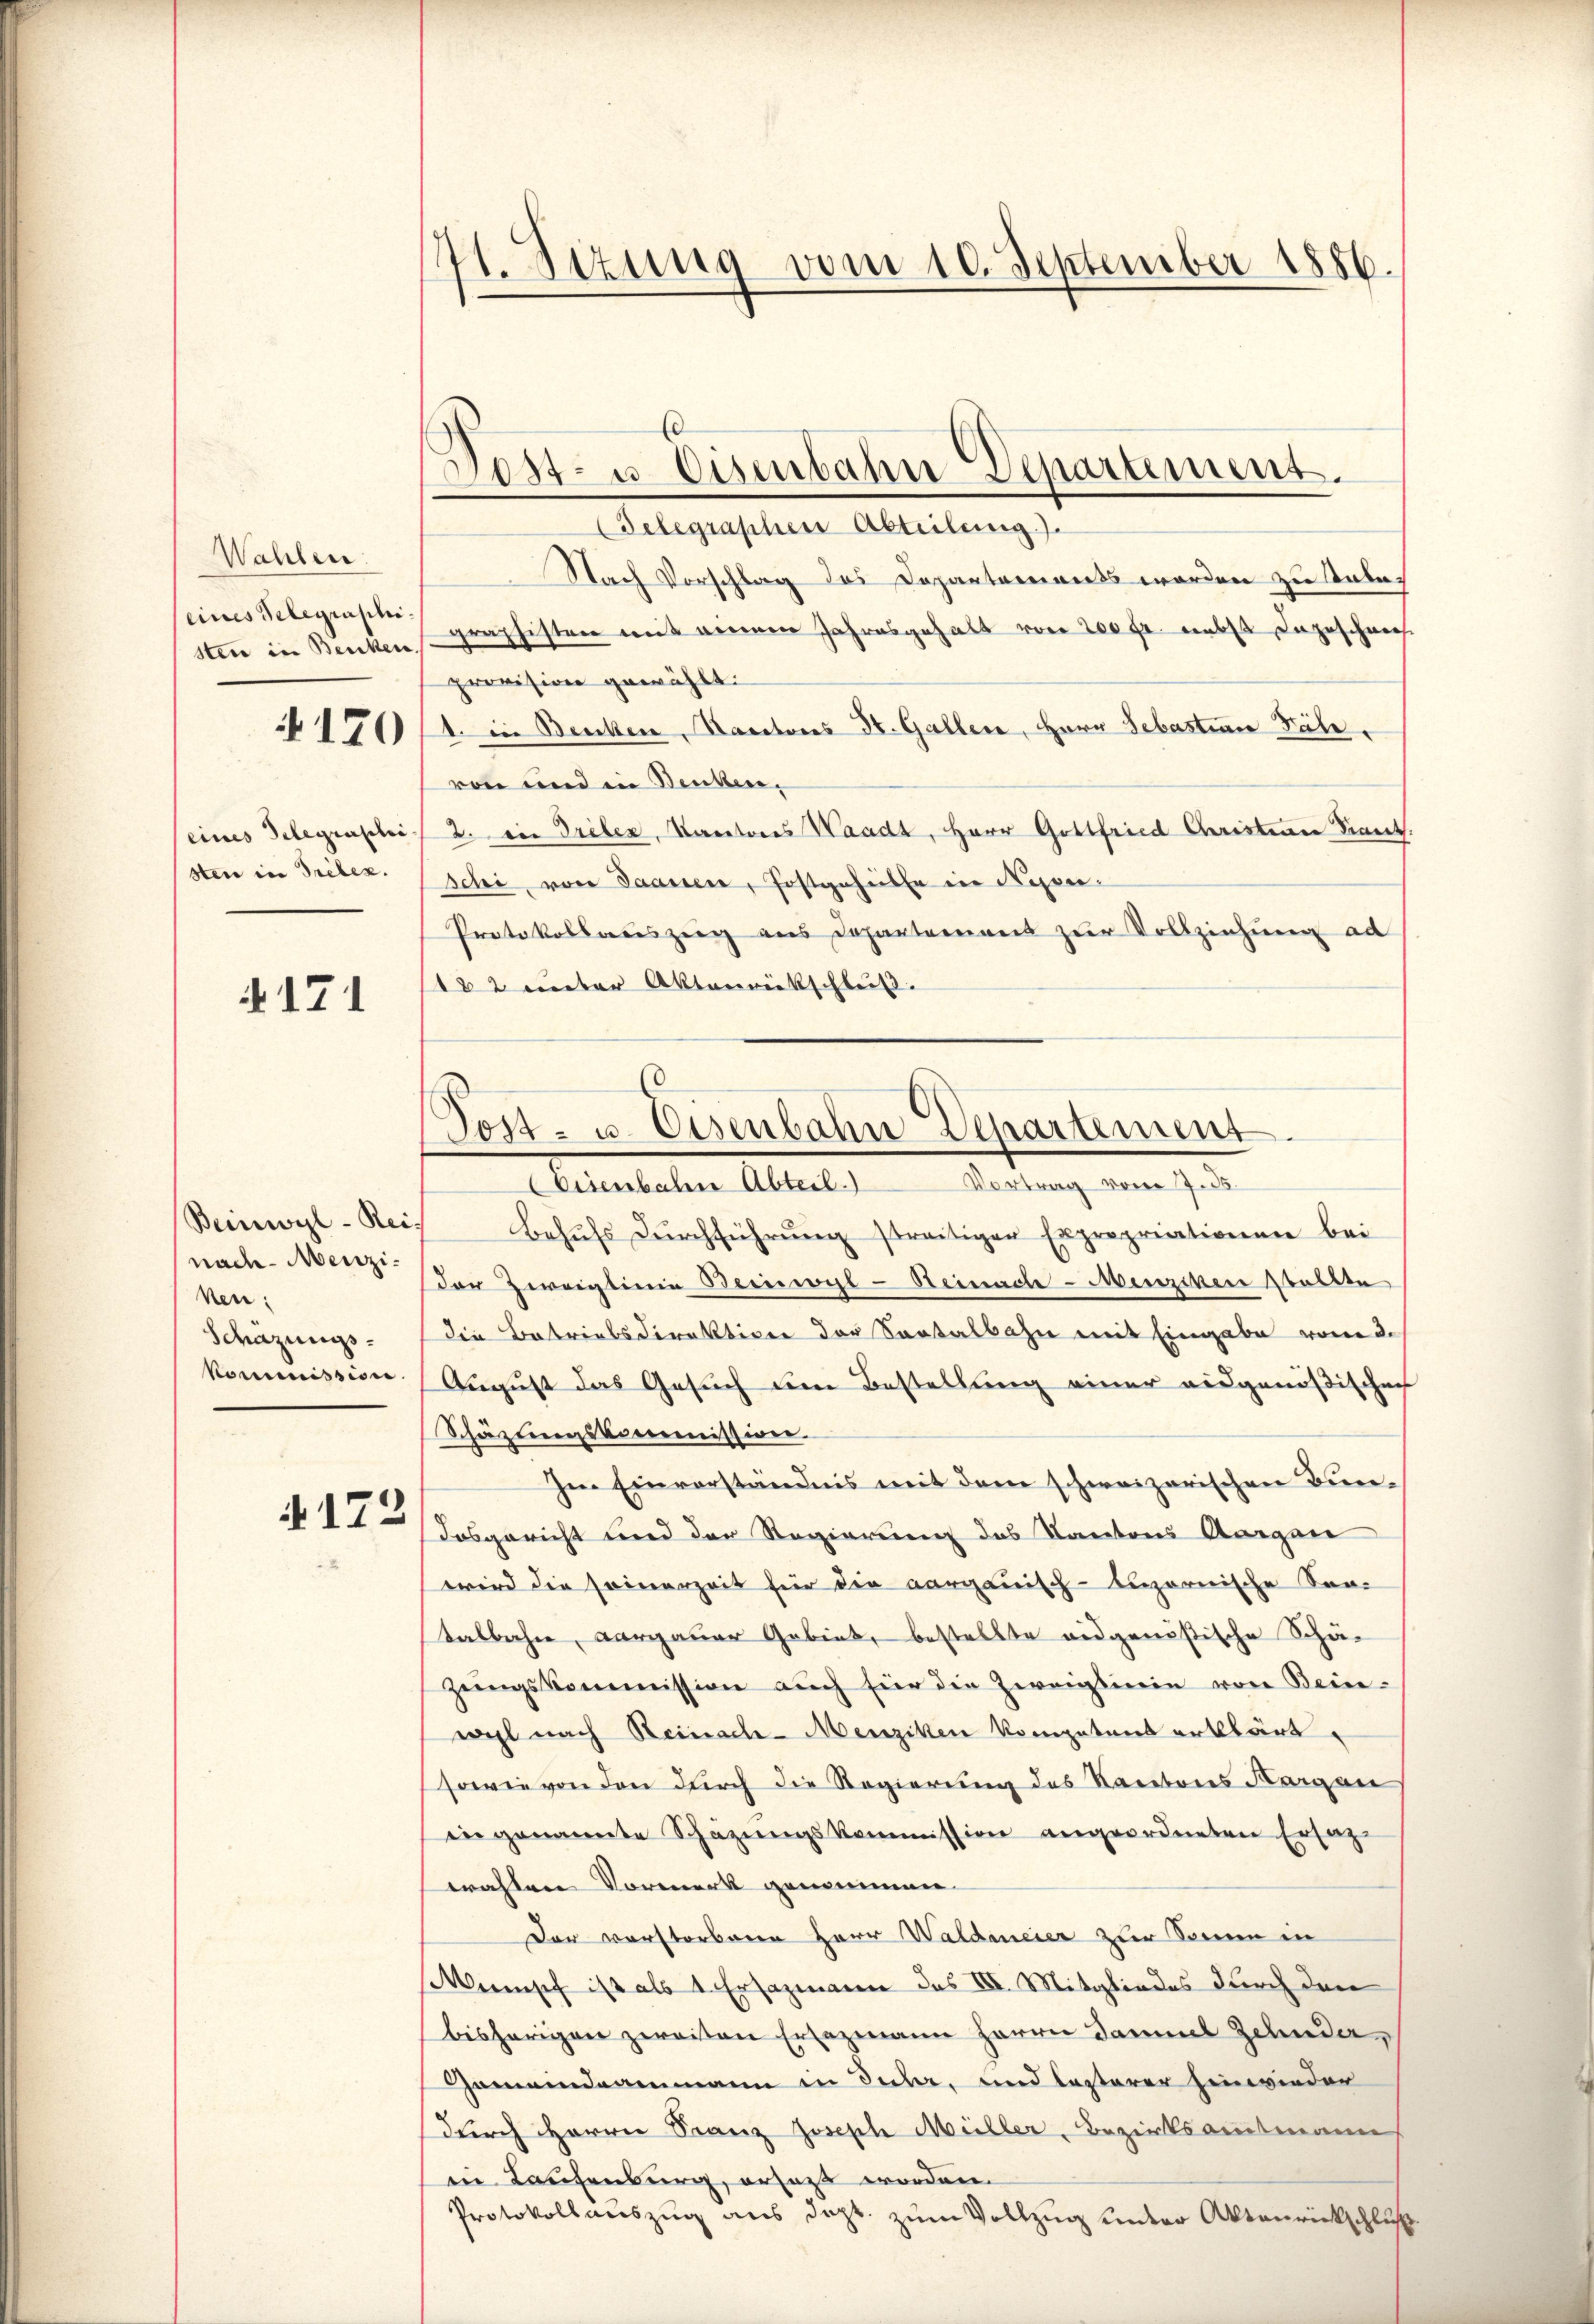
Wahlen.
(eines Telegraschi
sten in Benken.

4170

eines Telegraphisten in Treben.

N 171

Beinwyl-Rei
nach Menziven.
Schazungskommission.

4172

41. Sitzung vom 10. September 1886.

Telegraphen Abteilung).
Nach Vorschlag des Departements worden zu tale.
graphisten mit einem Jahresgehalt von 200 fr. nebst dazuschnech
provision gewählt:
1. in Becken, Kartons St. Galler, Herr Sebastian Fähr.
von und in Benken.
2. Die Greben, Kantores Waadt, Herr Gottfried Christian Finnt.
schi, von Saanen, Postgeheilte in Neponi¬
Protokollauszeig aus Departement zur Vollziehung ad
182 unter Aktenrückschluß.
Behŭfs Dŭrchführŭng streitiger Expropriationen bei
der Zweiglinie Beinwyl-Heimache Menscher statte
die Betriebsdirektiven der Saatalbahn mit Eingabe vom 3.
August das Gesuch den Bestellung einer eidgenößischen
Schäzungskommission
Im Einverständnis mit dem schweizerischen Bun¬
Dosgericht und der Regierung des Kantons Aargau
wird die seinerzeit für die aargauisch-tizornische Son-
talbahn, Aargauer Gebiet, bestellte eidgenößische Schä-
zeungskommission auch für die Zweiglinie von Bein-
wil nach Reinach-Menziken Kompetens erklärt.
sowie von den durch die Regierung des Kantons Aargau
in genannte Schazungskommission angeordneten Erlag
wahlen Vormerk genommen.
Der verstorbenen Herr Waldeneier zur Sonnen in
Minisch ist als 1 Ersazmann des III. Mitgliedes durch den
bisherigen zweiten Ersezmann Herrn Daniel Zehnder,
Gemeindeammann in Sicher, und lasterer hinwieder
durch Herrn Franz Joseph Müller, Bezirksamtmann
in Laufenburg, ersagt worden.
Protokollauszug aus dept. zum Vollzug unter Aktenrickschluß

d
Post- u. Eisenbahn Departement.

Tost- u. Eisenbahn Departement
Vortrag vom 7. 25.
Seeanstalten Alterl